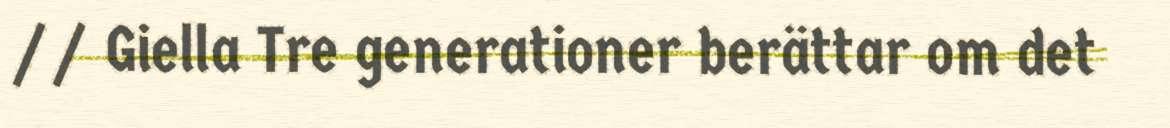
// Giella Tre generationer berättar om det